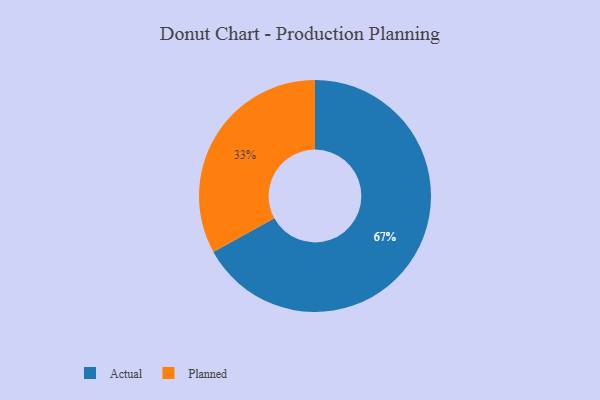
{"axis": {"x": "Category", "y": "Percentage"}, "legend": ["Actual", "Planned"], "data": [{"x": "Actual", "y": 67, "type": "Actual"}, {"x": "Planned", "y": 33, "type": "Planned"}]}